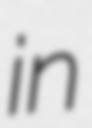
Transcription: in